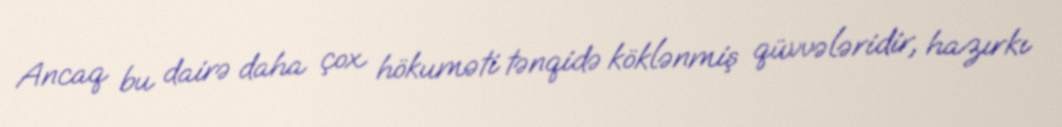
Ancaq bu dairə daha çox hökuməti tənqidə köklənmiş qüvvələridir, hazırkı